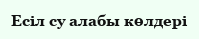
Есіл су алабы көлдері